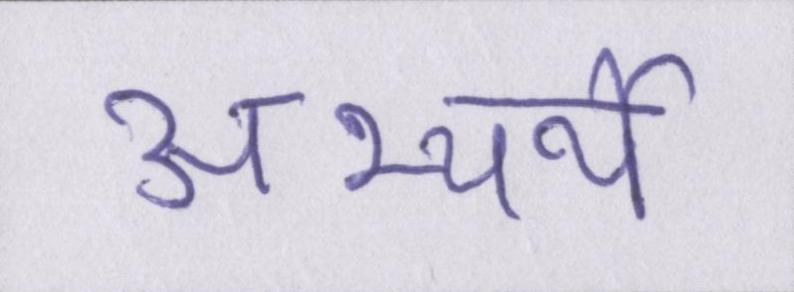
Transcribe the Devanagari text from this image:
अभ्यर्थी